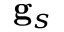
\mathbf { g } _ { s }